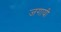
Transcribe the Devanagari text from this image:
जगायी